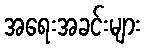
အရေးအခင်းများ